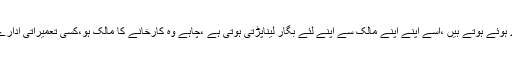
جبکہ آبادی کی بھاری اکثریت کو زندہ رہنے کے لالے پڑے ہوئے ہوتے ہیں ،اسے اپنے اپنے مالک سے اپنے لئے بگار لیناپڑتی ہوتی ہے ،چاہے وہ کارخانے کا مالک ہو،کسی تعمیراتی ادارے کا ہو ،کسی تعلیمی ادارے کا ہو کہ کسی کمپیوٹر ڈیسک کا۔